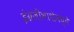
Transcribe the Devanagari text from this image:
इंग्रजीभाशेमध्ये